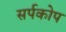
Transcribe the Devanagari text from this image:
सर्पकोप